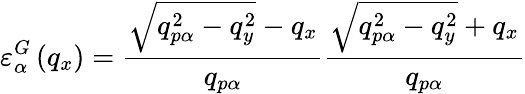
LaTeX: \varepsilon_{\alpha}^{G}\left({{q}_{x}}\right)=\frac{\sqrt{q_{p\alpha}^{2}-q_{y}^{2}}-{q_{x}}}{{q_{p\alpha}}}\frac{\sqrt{q_{p\alpha}^{2}-q_{y}^{2}}+{q_{x}}}{{q_{p\alpha}}}